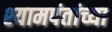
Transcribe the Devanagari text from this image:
श्यामपंतांच्या